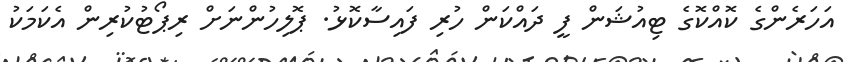
އަހަރެންގެ ކޮއްކޮގެ ޓިއުޝަން ފީ ދައްކަން ހުރި ފައިސާކޮޅު. ޕޮލިހުންނަށް ރިޕޯޓުކުރިން އެކަމަކު